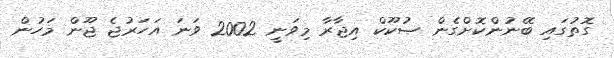
ގޮތުގައި ބޭނުންކޮށްގެން ޞުކޫކް އިޖާރާ މިވަނީ 2002 ވަނަ އަހަރުޖެ ޖޫން މަހުން